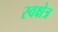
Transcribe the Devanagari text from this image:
स्वक्षेत्र